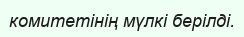
комитетінің мүлкі берілді.